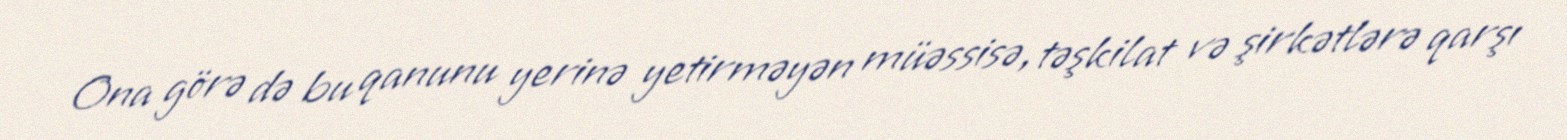
Ona görə də bu qanunu yerinə yetirməyən müəssisə, təşkilat və şirkətlərə qarşı